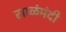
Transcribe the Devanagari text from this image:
साळंमंदी